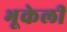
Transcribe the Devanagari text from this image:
भूकेली